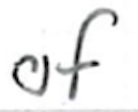
Text: of
Cross-out: clean
Writing tool: ballpoint